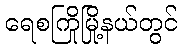
ရေစကြိုမြို့နယ်တွင်